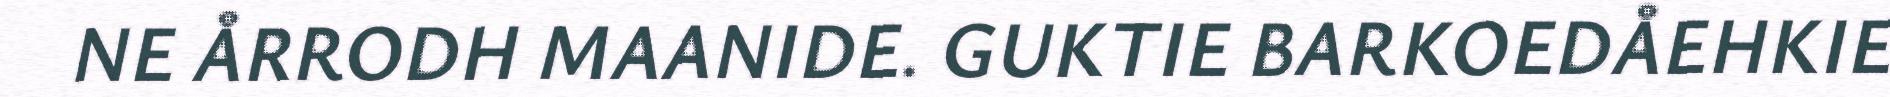
NE ÅRRODH MAANIDE. GUKTIE BARKOEDÅEHKIE